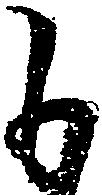
も